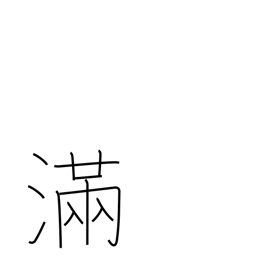
Meaning: satisfied